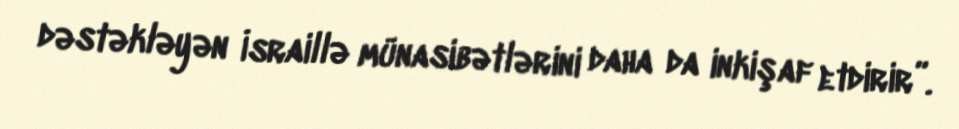
dəstəkləyən İsraillə münasibətlərini daha da inkişaf etdirir”.